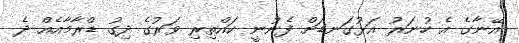
އޭނާގެ އެ ހުނަރު އަޅުގަނޑަށް ފެނުނީ ކައްތިރި ވަރުގެ ދިގު ޑްރާމާއެއް ދެ